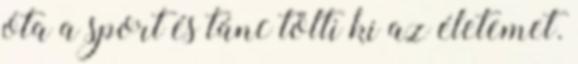
óta a sport és tánc tölti ki az életemet.